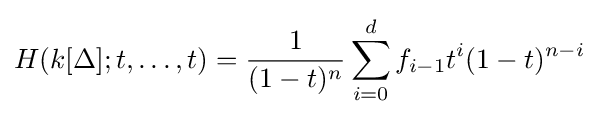
H(k[\Delta ];t,\ldots ,t)={\frac {1}{(1-t)^{n}}}\sum _{i=0}^{d}f_{i-1}t^{i}(1-t)^{n-i}